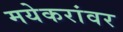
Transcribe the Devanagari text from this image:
मयेकरांवर